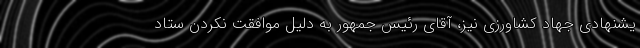
یشنهادی جهاد کشاورزی نیز، آقای رئیس جمهور به دلیل موافقت نکردن ستاد